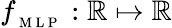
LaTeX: f_{_\mathrm{~M~L~P~}}:\mathbb{R}\mapsto\mathbb{R}